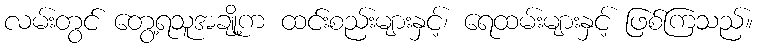
လမ်းတွင် တွေ့ရသူအချို့က ထင်းစည်းများနှင့်၊ ရေထမ်းများနှင့် ဖြစ်ကြသည်။